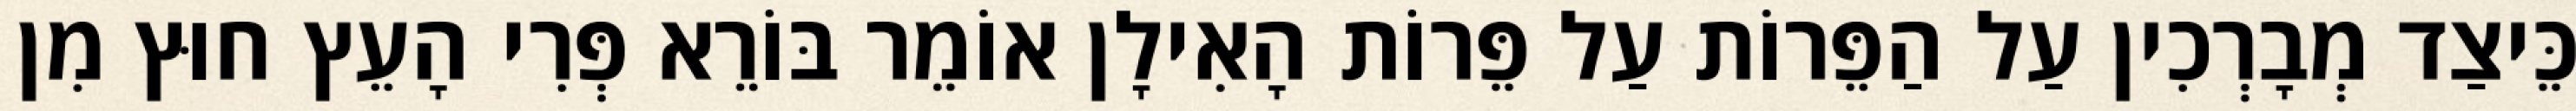
כֵּיצַד מְבָרְכִין עַל הַפֵּרוֹת עַל פֵּרוֹת הָאִילָן אוֹמֵר בּוֹרֵא פְּרִי הָעֵץ חוּץ מִן